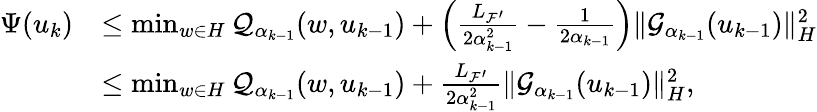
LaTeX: \begin{array}{rl}{{\Psi}(u_{k})}&{\leq\operatorname*{min}_{w\in{H}}\mathcal{Q}_{{\alpha}_{k-1}}(w,u_{k-1})+\left(\frac{{L_{{\mathcal{F}}^{\prime}}}}{2{\alpha}_{k-1}^{2}}-\frac{1}{2{\alpha}_{k-1}}\right)\| {\mathcal{G}}_{{\alpha}_{k-1}}(u_{k-1})\| _{H}^{2}}\\ &{\leq\operatorname*{min}_{w\in{H}}\mathcal{Q}_{{\alpha}_{k-1}}(w,u_{k-1})+\frac{{L_{{\mathcal{F}}^{\prime}}}}{2{\alpha}_{k-1}^{2}}\| {\mathcal{G}}_{{\alpha}_{k-1}}(u_{k-1})\| _{H}^{2},}\end{array}